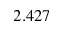
2 . 4 2 7